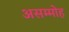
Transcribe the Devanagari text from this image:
असम्मोह